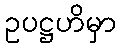
ဥပဋ္ဌဟိမှာ